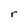
Character: r